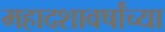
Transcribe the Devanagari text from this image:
महादशावर्षांच्या